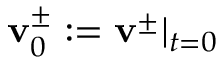
\mathbf { v } _ { 0 } ^ { \pm } : = \mathbf { v } ^ { \pm } | _ { t = 0 }